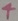
Text: 4